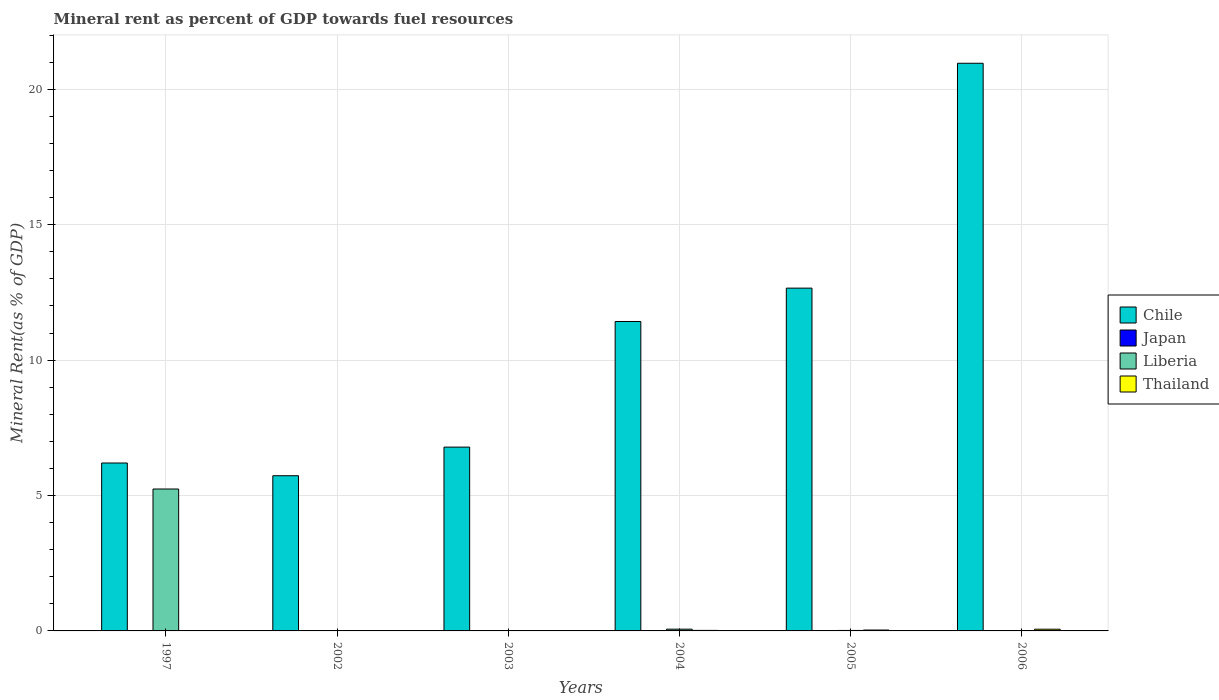
| Years | Chile | Japan | Liberia | Thailand |
 | --- | --- | --- | --- | --- |
 | 1997 | 6.2 | 4.86e-05 | 5.24 | 0.00592 |
 | 2002 | 5.73 | 0.000157 | 0.00546 | 0.0108 |
 | 2003 | 6.79 | 0.000374 | 0.00947 | 0.012 |
 | 2004 | 11.4 | 0.00053 | 0.0646 | 0.0195 |
 | 2005 | 12.7 | 0.000703 | 0.0177 | 0.0327 |
 | 2006 | 21 | 0.00208 | 0.0125 | 0.0632 |